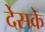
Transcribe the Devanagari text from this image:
देसके